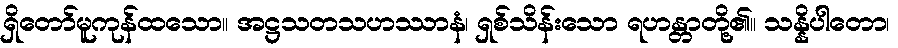
ရှိတော်မူကုန်ထသော။ အဋ္ဌသတသဟဿာနံ၊ ရှစ်သိန်းသော ရဟန္တာတို့၏။ သန္နိပါတော၊